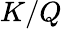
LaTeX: K/Q